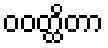
ဝဝတ္ထိတာ